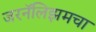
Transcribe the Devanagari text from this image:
जरनॅलिझमचा